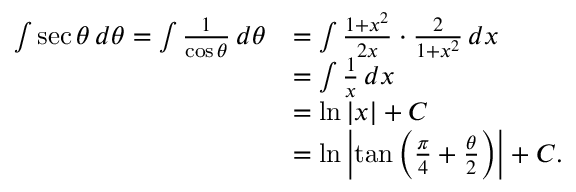
{ \begin{array} { r l } { \int \sec \theta \, d \theta = \int { \frac { 1 } { \cos \theta } } \, d \theta } & { = \int { \frac { 1 + x ^ { 2 } } { 2 x } } \cdot { \frac { 2 } { 1 + x ^ { 2 } } } \, d x } \\ & { = \int { \frac { 1 } { x } } \, d x } \\ & { = \ln | x | + C } \\ & { = \ln \left| \tan \left( { \frac { \pi } { 4 } } + { \frac { \theta } { 2 } } \right) \right| + C . } \end{array} }